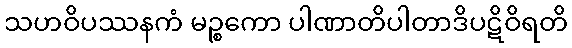
သဟဝိပဿနကံ မဉ္စကော ပါဏာတိပါတာဒိပဋိဝိရတိ